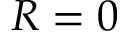
R = 0